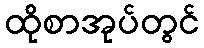
ထိုစာအုပ်တွင်